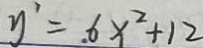
y ^ { \prime } = . 6 x ^ { 2 } + 1 2